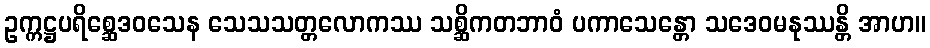
ဥက္ကဋ္ဌပရိစ္ဆေဒဝသေန သေသသတ္တလောကဿ သစ္ဆိကတဘာဝံ ပကာသေန္တော သဒေဝမနုဿန္တိ အာဟ။